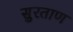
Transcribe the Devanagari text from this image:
सुरताण